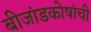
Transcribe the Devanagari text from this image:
बीजांडकोषांची